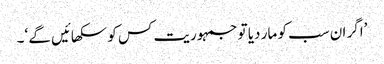
’اگر ان سب کو مار دیا تو جمہوریت کس کو سکھائیں گے ‘۔